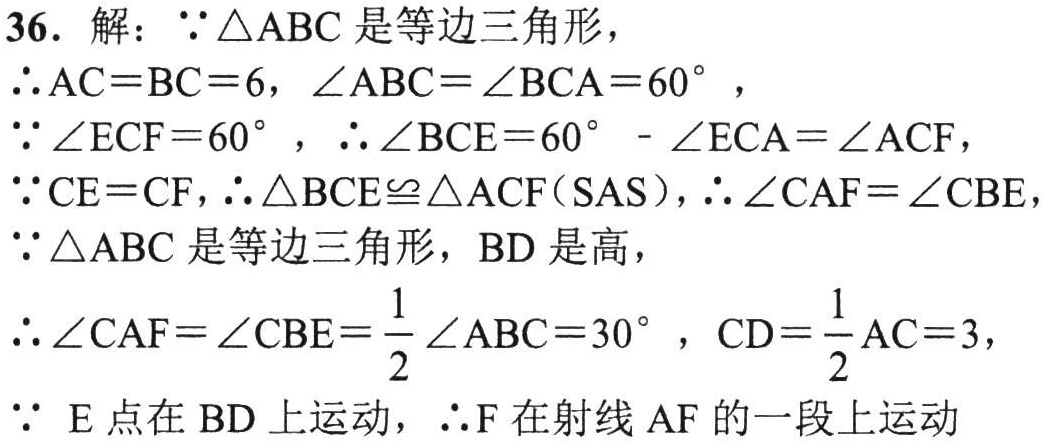
36. 解：\(\because\triangle ABC\)是等边三角形，
\(\therefore AC = BC = 6,\angle ABC=\angle BCA = 60^{\circ}\)，
\(\because\angle ECF = 60^{\circ},\therefore\angle BCE=60^{\circ}-\angle ECA=\angle ACF\)，
\(\because CE = CF,\therefore\triangle BCE\cong\triangle ACF(\text{SAS}),\therefore\angle CAF=\angle CBE\)，
\(\because\triangle ABC\)是等边三角形，\(BD\)是高，
\(\therefore\angle CAF=\angle CBE=\frac{1}{2}\angle ABC = 30^{\circ},CD=\frac{1}{2}AC = 3\)，
\(\because\) \(E\)点在\(BD\)上运动，\(\therefore F\)在射线\(AF\)的一段上运动